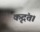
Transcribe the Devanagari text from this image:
कृदंत।